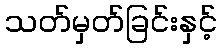
သတ်မှတ်ခြင်းနှင့်